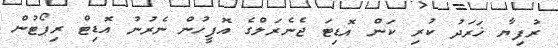
ރުފިޔާ ޚަރަދު ކުރި ކަން އޮޑިޓަ ޖެނެރަލްގެ އޮފީހުން ނެރުނު އޮޑިޓް ރިޕޯޓުން